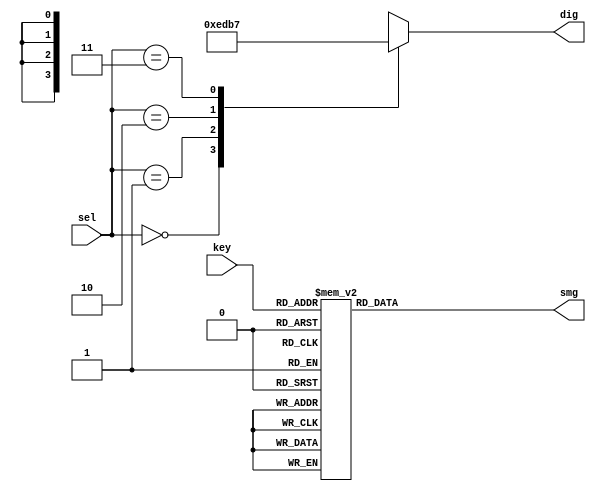
`timescale 1ns / 1ps
`define UD #1
module seq_control
(
	input [1:0]sel,
	input [3:0]key,
	output reg [3:0]dig,
	output reg [7:0]smg

);
/*===================================================
					
===================================================*/
always @(*)
begin
	case(sel)
		2'd0:dig = 4'b1110;
		2'd1:dig = 4'b1101;
		2'd2:dig = 4'b1011;
		2'd3:dig = 4'b0111;
		default:dig = 4'b1111;
	endcase
end
//===========================================
//IO_LOC "smg[0]" 8   -> G;
//IO_LOC "smg[1]" 139 -> F;
//IO_LOC "smg[2]" 12  -> E;
//IO_LOC "smg[3]" 11  -> D;
//IO_LOC "smg[4]" 9   -> C;
//IO_LOC "smg[5]" 142 -> B;
//IO_LOC "smg[6]" 138 -> A;
//IO_LOC "smg[7]" 10  -> P;
//===========================================
// 0 1 2 3 4 5 6 7  
// G F E D C B A P
//0
//===========================================
always @(*)
begin
	case(key)
		4'd0:smg = 8'b0111_1110;//"0"  8'b1000_0001
		4'd1:smg = 8'b0011_0000;//"1"  8'b1100_1111
		4'd2:smg = 8'b0110_1101;//"2"  8'b1001_0010
		4'd3:smg = 8'b0111_1001;//"3"  8'b1000_0110
		4'd4:smg = 8'b0011_0011;//"4"  8'b1100_1100
		4'd5:smg = 8'b0101_1011;//"5"  8'b1010_0100
		4'd6:smg = 8'b0101_1111;//"6"  8'b1010_0000
		4'd7:smg = 8'b0111_0000;//"7"  8'b1000_1111
		4'd8:smg = 8'b0111_1111;//"8"  8'b1000_0000
		4'd9:smg = 8'b0111_1011;//"9"  8'b1000_0100
		default:smg = 8'b1111_1111;		
	endcase
end 



endmodule